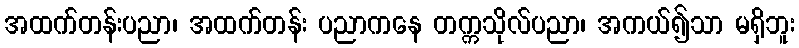
အထက်တန်းပညာ၊ အထက်တန်း ပညာကနေ တက္ကသိုလ်ပညာ၊ အကယ်၍သာ မရှိဘူး